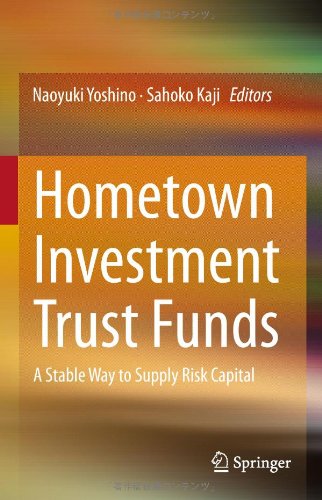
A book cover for Hometown Investment Trust Funds: A Stable Way to Supply Risk Capital; Business & Money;